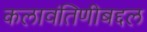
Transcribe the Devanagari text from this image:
कलावंतिणीबद्दल